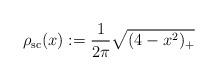
LaTeX: \begin{align*}\rho_{ {\rm sc}}(x):=\frac1{2\pi} \sqrt{(4-x^2)_+}\end{align*}